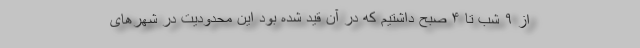
از ۹ شب تا ۴ صبح داشتیم که در آن قید شده بود این محدودیت در شهرهای